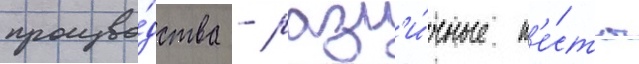
произво́дства - разл'и́чные т'е́сты